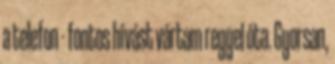
a telefon - fontos hívást vártam reggel óta. Gyorsan,